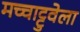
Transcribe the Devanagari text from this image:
मच्चाट्टुवेला